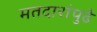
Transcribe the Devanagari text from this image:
मतदारांपुढे